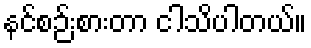
နင်စဉ်းစားတာ ငါသိပါတယ်။